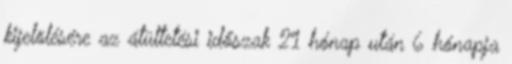
kijelölésére az átültetési időszak 21 hónap után 6 hónapja